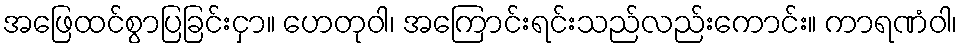
အဖြေထင်စွာပြခြင်းငှာ။ ဟေတုဝါ၊ အကြောင်းရင်းသည်လည်းကောင်း။ ကာရဏံဝါ၊